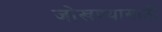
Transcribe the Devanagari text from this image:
जोखण्यासाठी